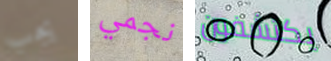
يجب نجمي يكتشفون